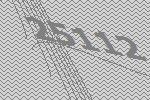
25112